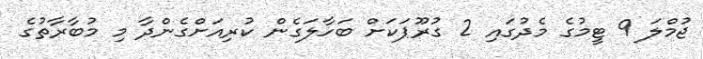
ޖުމްލަ 9 ޓީމުގެ މެދުގައި 2 ގުރޫޕަކަށް ބަހާލަގެން ކުރިއަށްގެންދާ މި މުބާރާތުގެ